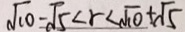
\sqrt { 1 0 } - \sqrt { 5 } < r < \sqrt { 1 0 } + \sqrt { 5 }